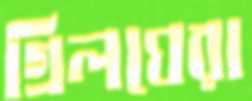
গ্রিলঘেরা